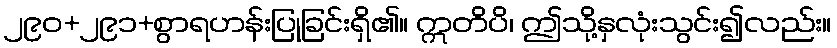
၂၉၀+၂၉၁+စွာရဟန်းပြုခြင်းရှိ၏။ ဣတိပိ၊ ဤသို့နှလုံးသွင်း၍လည်း။